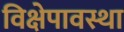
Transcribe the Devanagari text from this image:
विक्षेपावस्था